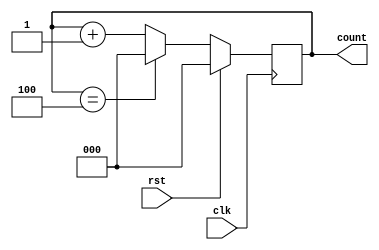
//`define m 10
module mod_n#(parameter N=5,width=3)(clk,rst,count);
//parameter n=10;
input clk,rst;
//output reg [(`m-1):0]count;
output reg [(width-1):0]count;
 always@(posedge clk)
 begin
  if(rst)
   count<=4'd0;
   else if(count==N-1)
   count<=4'd0;
   else
   count<=count+1'b1;
 end
endmodule

module mod_n_tb();
parameter N=12,width=4;
reg clk,rst;
wire [(width-1):0]count;

mod_n#(N,width) DUT(clk,rst,count);

initial
begin
	clk=0;
	rst=1;
	#20 rst=0;
	#200 $finish;
end

always #5 clk=~clk;

initial
	$monitor("count=%d",count);
	
endmodule